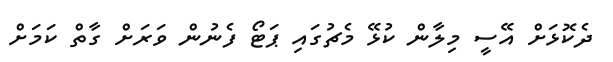
ދެކޮޅަށް އޭސީ މިލާން ކުޅޭ މެޗުގައި ޕަޓޯ ފެނުން ވަރަށް ގާތް ކަމަށް